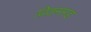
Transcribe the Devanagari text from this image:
विक़मगड